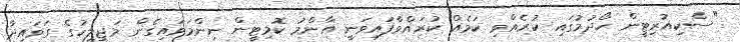
"ސެކިއުރިޓީން ހޯދުމުގައި ކުރެއްވި ކަމެއް ކުރައްވާފައިވަނީ އާންމު ކޮމިޓީން ނިންމަވައިގެން މަޖިލީހުގެ ގަވައިދާ